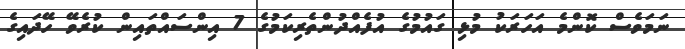
ނަމަވެސް ކޮންމެ އަހަރަކު މުޅި ގައުމުގެ އުފެއްދުންތެރިކަމުގެ 7 އިންސައްތައިން ކުރެވޭ ހޭދައިގެ